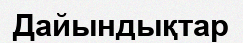
Дайындықтар